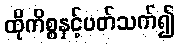
ထိုကိစ္စနှင့်ပတ်သက်၍